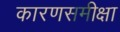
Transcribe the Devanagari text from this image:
कारणसमीक्षा